Report on inoculation in the plague infected areas of the Punjab and its dependencies from October 1900 to September 1901
Year: 1900
Disease focus: Plague
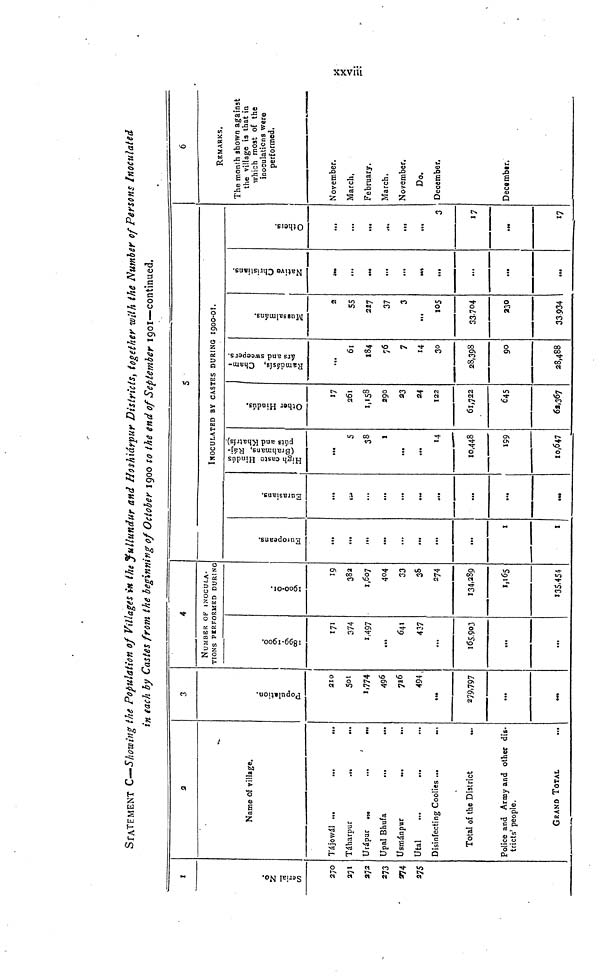
xxviii
STATEMENT C-Showing the Population of Villages in the Jullundur and Hoshiárpur Districts, together with the Number of Persons Inoculated
in each by Castes from the beginning of October 1900 to the end of September 1901—continued.
Serial No.
270
271
272
273
274
275
3
Name of village.
Tájowál ...
Táharpur
Urápar
Upal Bhuía
Usmánpur
Utal
Disinfecting Coolies ...
..
Total of the District
Police and Army and other districts' people.
GRAND TOTAL
...
3
Population.
210
501
1,774
496
726
494
279.797
...
4
NUMBER OF INOCULATIONS PERFORMED DURING
1899-1900.
171
374
1,497
...
641
437
...
165,903
...
...
1900-01.
19
382
1,607
404
33
38
274
134,289
1,165
135,454
Europeans.
...
...
...
...
«.«
...
...
1
z
Eurasians.
...
...
...
...
...
...
...
...
5
INOCULATED BY CASTES DURING 1900-01.
High caste Hindús (Brahmins, Rájpúts and Khatrís.)
5
38
1
...
...
14
10,448
199
10,647
Other Hindús.
17
261
1,158
290
23
24
122
61,722
645
62,367
Ramdásis, Chamárs and sweepers.
61
184
76
7
14
30
28,398
90
28,488
Mussalmáns.
2
55
227
37
3
105
33,704
230
33934
Native Christians.
...
...
...
...
...
...
...
Others.
...
...
...
,„
...
3
17
17
6
REMARKS.
The month shown against
the village is that in
which most of the
inoculations were
performed.
November.
March,
February.
March.
November.
Do.
December.
December.